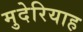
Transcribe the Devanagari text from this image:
मुदेरियाह